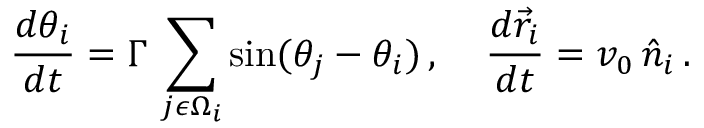
{ \frac { d \theta _ { i } } { d t } } = \Gamma \, \sum _ { j \epsilon \Omega _ { i } } \mathrm { s i n } ( \theta _ { j } - \theta _ { i } ) \, , \; \; \; \; { \frac { d \vec { r } _ { i } } { d t } } = v _ { 0 } \, \hat { n } _ { i } \, .